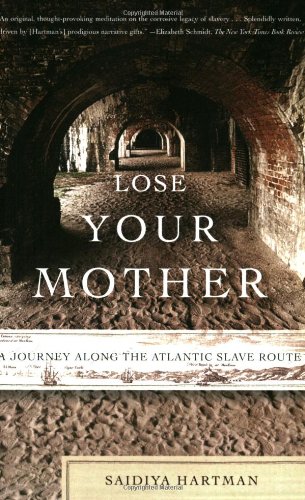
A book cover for Lose Your Mother: A Journey Along the Atlantic Slave Route; Saidiya Hartman; Biographies & Memoirs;